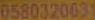
0580320034